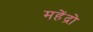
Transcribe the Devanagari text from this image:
महेंद्रो